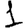
Digit: 1